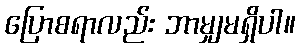
ပြောစရာလည်း ဘာမျှမရှိပါ။